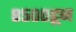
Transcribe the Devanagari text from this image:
८५००हून